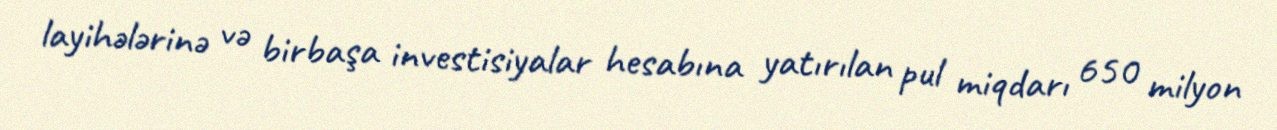
layihələrinə və birbaşa investisiyalar hesabına yatırılan pul miqdarı 650 milyon